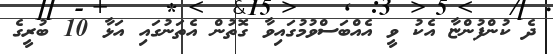
ދެ ކުންފުންޏާ އެކު ވީ އެއްބަސްވުމުގައިވާ ގޮތުން އެތަނުގައި އަޅާ 10 ބުރީގެ